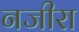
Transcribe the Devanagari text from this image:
नजीरा